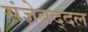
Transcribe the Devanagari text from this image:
संज्ञेबद्दल